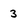
Character: 3